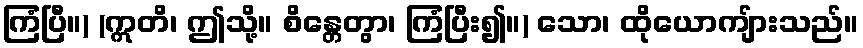
ကြံပြီ။) (ဣတိ၊ ဤသို့။ စိန္တေတွာ၊ ကြံပြီး၍။) သော၊ ထိုယောကျ်ားသည်။